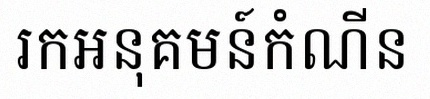
រកអនុគមន៍កំណើន